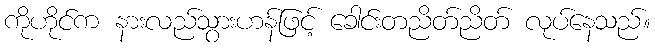
ကိုဟိုင်က နားလည်သွားဟန်ဖြင့် ခေါင်းတညိတ်ညိတ် လုပ်နေသည်။